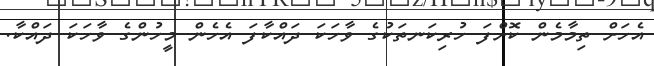
އެހަށް ތިމާމެން ކޮށްފަ ހުރިކަނތަކުގެ ވާހަކަ ދައްކާފަ އެހެން މީހުންގެ ވާހަކަ ދައްކާ.